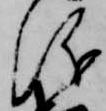
儀